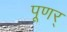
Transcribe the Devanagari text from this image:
पूणर्